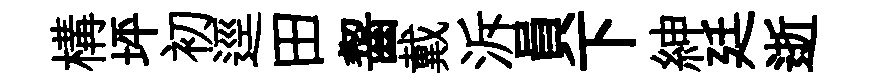
構坪初逕田齧戴泝員下紳廷逝